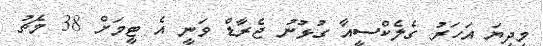
މިދިޔަ އަހަރު ގެލެކްސީއާ ގުޅުނު ޖެރާޑް ވަނީ އެ ޓީމަށް 38 މެޗު